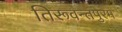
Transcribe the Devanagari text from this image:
तिरूवन्तपुरम